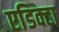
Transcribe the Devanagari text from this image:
एडिक्टा